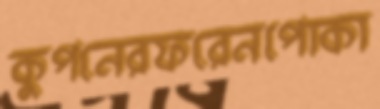
কুপনেরফরেনপোকা